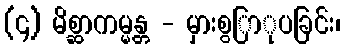
(၄) မိစ္ဆာကမ္မန္တ - မှားစွြာုပခြင်း၊